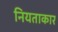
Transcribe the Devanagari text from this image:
नियताकार